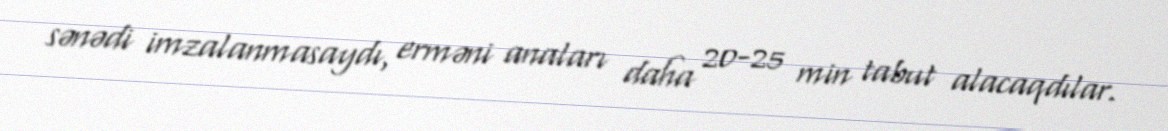
sənədi imzalanmasaydı, erməni anaları daha 20-25 min tabut alacaqdılar.